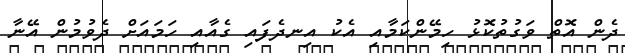
ދެން އޮތް ވަގުތުކޮޅު ހިމޭންކަމާއި އެކު އިނދެފައި ގެއާއި ހަމައަށް ދެވުމުން އޭނާ